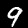
Label: 9